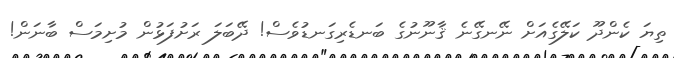
ތިޔަ ކެންދޫ ކަލޭގެއަށް ނޭނގޭނެ ޤާނޫނުގެ ބަނޑެރިގަނޑުވެސް! ދޭބަލަ ރަށުފަޅުން މުށިމަސް ބާނަން!